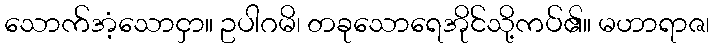
သောက်အံ့သောငှာ။ ဥပါဂမိ၊ တခုသောရေအိုင်သို့ကပ်၏။ မဟာရာဇ၊